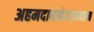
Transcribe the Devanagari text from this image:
अहमदाबादेदरम्यान